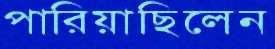
পারিয়াছিলেন